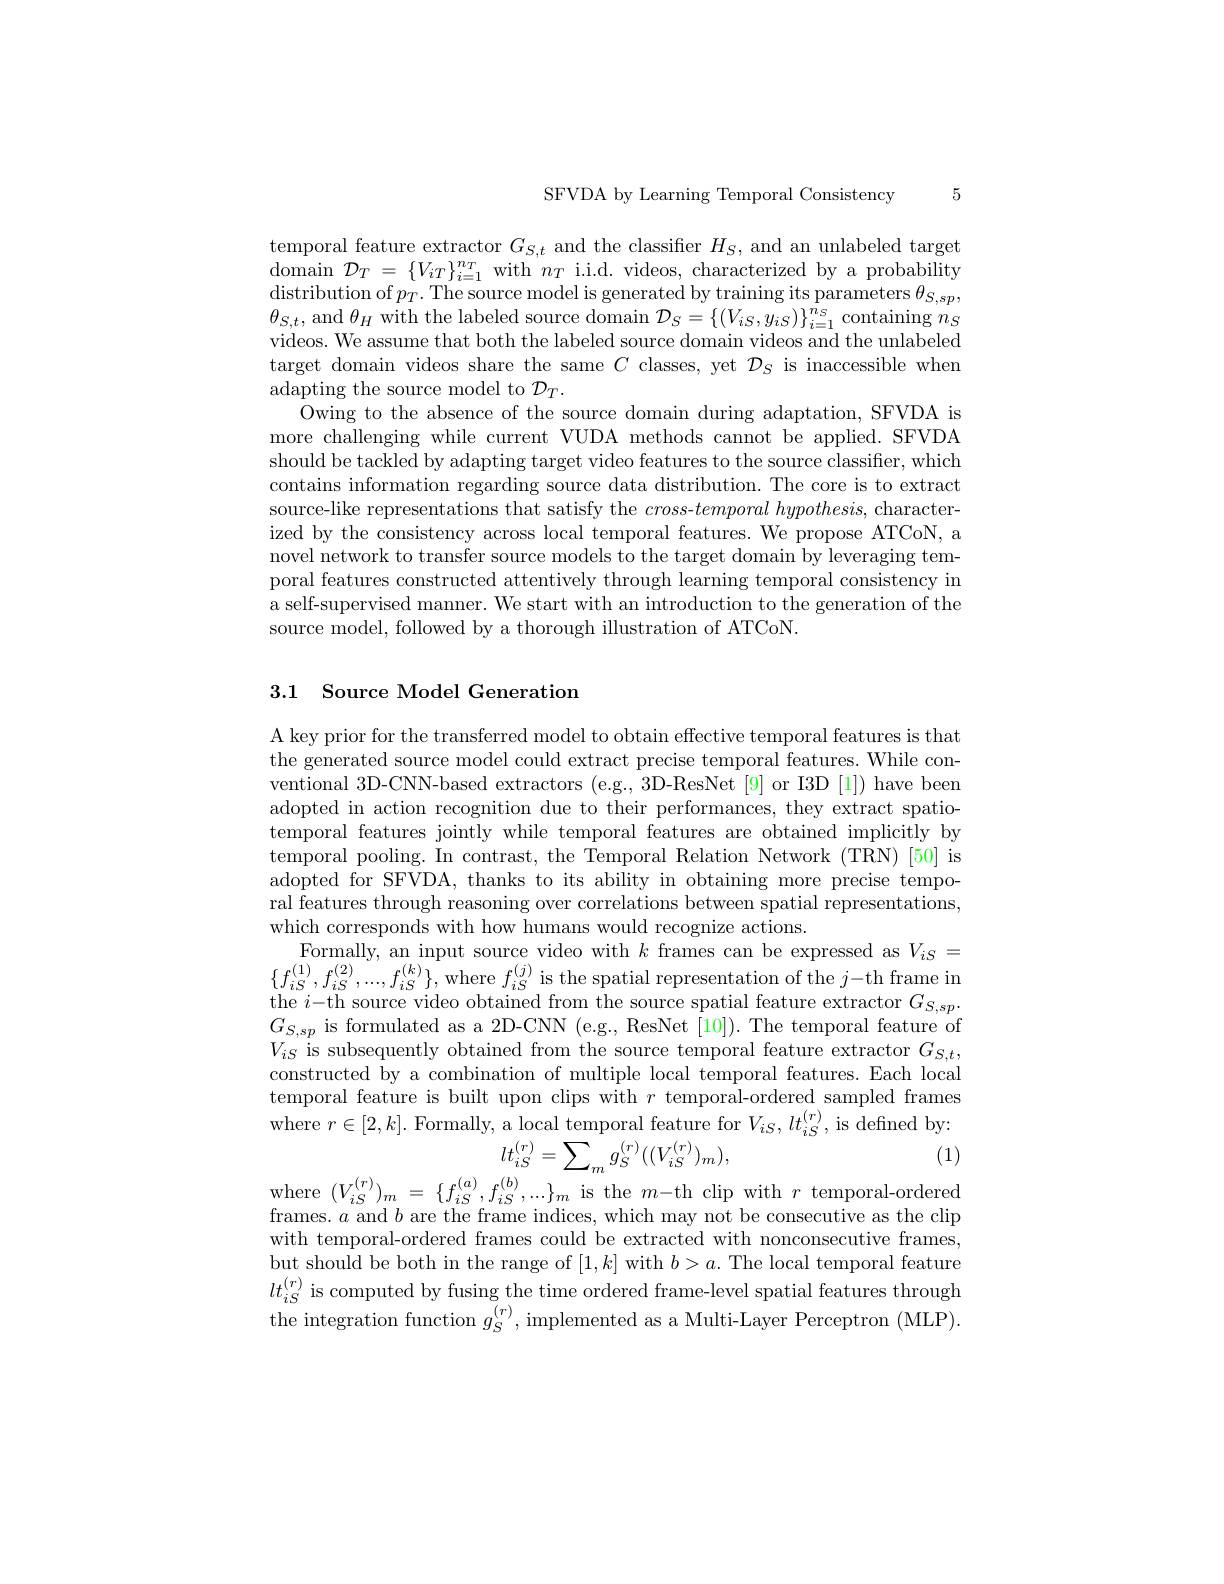
SFVDA by Learning Temporal Consistency

5

temporal feature extractor $G_{S,t}$ and the classifier $H_S$, and an unlabeled target domain $\mathcal{D}_{T}=\{V_{iT}\}_{i=1}^{n_{T}}$with $n_{T}$ i.i.d. videos, characterized by a probability $\operatorname*{distribution~of~}p_{T}.$The source model is generated by training its parameters $\theta_S,sp$, $\theta_{S,t}$, and $\theta_H$ with the labeled source domain $\mathcal{D}_S=\{(V_{iS},y_{iS})\}_{i=1}^{n_S}$ containing $n_S$ videos. We assume that both the labeled source domain videos and the unlabeled target domain videos share the same $C$ classes, yet $\mathcal{D}_S$ is inaccessible when adapting the source model to $\mathcal{D}_T.$
Owing to the absence of the source domain during adaptation, SFVDA is more challenging while current VUDA methods cannot be applied. SFVDA should be tackled by adapting target video features to the source classifier, which contains information regarding source data distribution. The core is to extract source-like representations that satisfy the $cross- temporal\textit{hypothesis, character- }$ ized by the consistency across local temporal features. We propose ATCoN, a novel network to transfer source models to the target domain by leveraging temporal features constructed attentively through learning temporal consistency in a self-supervised manner. We start with an introduction to the generation of the source model, followed by a thorough illustration of ATCoN.

## 3.1 Source Model Generation

A key prior for the transferred model to obtain effective temporal features is that the generated source model could extract precise temporal features. While conventional 3D-CNN-based extractors (e.g., 3D-ResNet[9] or I3D [1]) have been adopted in action recognition due to their performances, they extract spatiotemporal features jointly while temporal features are obtained implicitly by temporal pooling. In contrast, the Temporal Relation Network (TRN) [50] is adopted for SFVDA, thanks to its ability in obtaining more precise temporal features through reasoning over correlations between spatial representations, which corresponds with how humans would recognize actions.
Formally, an input source video with $k$ frames can be expressed as $V_{iS}=$ $\{f_{iS}^{(1)},f_{iS}^{(2)},...,f_{iS}^{(k)}\}$,where $f_iS^{(j)}$ is the spatial representation of the $j$- th frame in the $i$-th source video obtained from the source spatial feature extractor $G_S,sp.$ $G_{S,sp}$ is formulated as a 2D-CNN (e.g., ResNet [10]). The temporal feature of $V_{iS}$ is subsequently obtained from the source temporal feature extractor $G_S,t$, constructed by a combination of multiple local temporal features. Each local temporal feature is built upon clips with $r$ temporal-ordered sampled frames where $r\in[2,k].$ Formally, a local temporal feature for $V_iS,lt_{iS}^{(r)}$, is defined by:
$$lt_{iS}^{(r)}=\sum_{m}g_{S}^{(r)}((V_{iS}^{(r)})_{m}),$$
(1)

$\begin{array}{l}\mathrm{where~}(V_{iS}^{(r)})_{m}=\{f_{iS}^{(a)},f_{iS}^{(b)},...\}_{m}\text{ is the }m\mathrm{-th~clip~with~}r\text{ temporal-ordered}\\\mathrm{frames.~}a\mathrm{~and~}b\mathrm{~are~the~frame~indices,~which~may~not~be~consecutive~as~the~clip}\end{array}$

with temporal-ordered frames could be extracted with nonconsecutive frames, but should be both in the range of $[1,k]$ with $b>a.$ The local temporal feature $lt_{iS}^{(r)}$ is computed by fusing the time ordered frame-level spatial features through the integration function $g_{S}^{(r)}$,implemented as a Multi-Layer Perceptron (MLP).